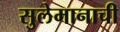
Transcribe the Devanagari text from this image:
सुलेमानाची